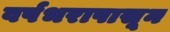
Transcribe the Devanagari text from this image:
वर्षभरापासून